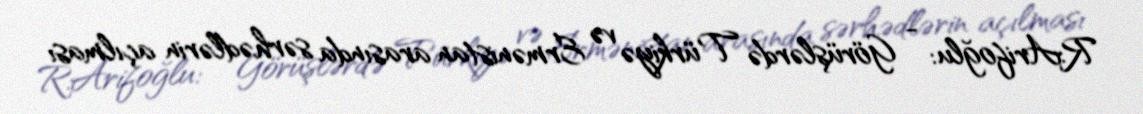
R.Arifoğlu: - Görüşlərdə Türkiyə və Ermənistan arasında sərhədlərin açılması